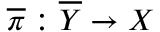
{ \overline { { \pi } } } : { \overline { { Y } } } \to X